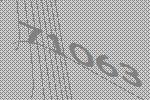
71063